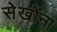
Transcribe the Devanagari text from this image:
सेखोंना